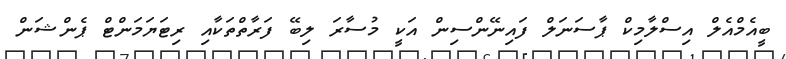
ބީއެމްއެލް އިސްލާމިކް ޕާސަނަލް ފައިނޭންސިން އަކީ މުސާރަ ލިބޭ ފަރާތްތަކާއި ރިޓަޔަމަންޓް ޕެންޝަން